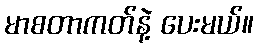
မာစတာကတ်နဲ့ ပေးမယ်။